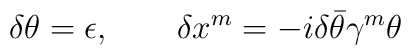
\delta\theta=\epsilon,\qquad \delta x^m=-i\delta\bar\theta\gamma^m\theta